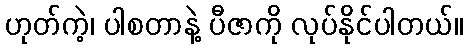
ဟုတ်ကဲ့၊ ပါစတာနဲ့ ပီဇာကို လုပ်နိုင်ပါတယ်။